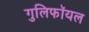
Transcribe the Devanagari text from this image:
गुलिफॉयल